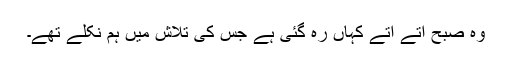
وہ صبح آتے آتے کہاں رہ گئی ہے جس کی تلاش میں ہم نکلے تھے۔